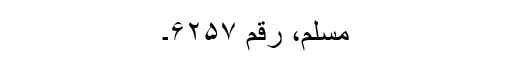
مسلم، رقم ۶۲۵۷۔